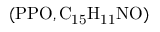
( \mathrm { P P O , C _ { 1 5 } H _ { 1 1 } N O ) }